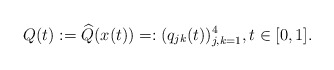
\begin{align*} Q(t) := \widehat{Q}(x(t)) =: (q_{jk}(t))_{j,k=1}^4, t \in [0,1].\end{align*}